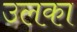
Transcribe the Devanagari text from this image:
उलका